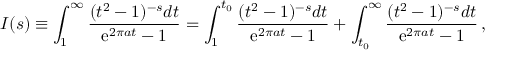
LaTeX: I ( s ) \equiv \int _ { 1 } ^ { \infty } { \frac { ( t ^ { 2 } - 1 ) ^ { - s } d t } { \mathrm { e } ^ { 2 \pi a t } - 1 } } = \int _ { 1 } ^ { t _ { 0 } } { \frac { ( t ^ { 2 } - 1 ) ^ { - s } d t } { \mathrm { e } ^ { 2 \pi a t } - 1 } } + \int _ { t _ { 0 } } ^ { \infty } { \frac { ( t ^ { 2 } - 1 ) ^ { - s } d t } { \mathrm { e } ^ { 2 \pi a t } - 1 } } \, ,